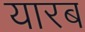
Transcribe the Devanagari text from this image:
यारब